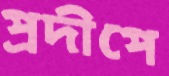
প্রদীপে